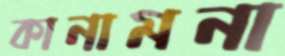
কানামনা